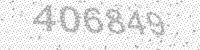
Solution: 406849